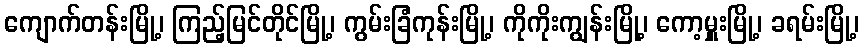
ကျောက်တန်းမြို့၊ ကြည့်မြင်တိုင်မြို့၊ ကွမ်းခြံကုန်းမြို့၊ ကိုကိုးကျွန်းမြို့၊ ကော့မှူးမြို့၊ ခရမ်းမြို့၊